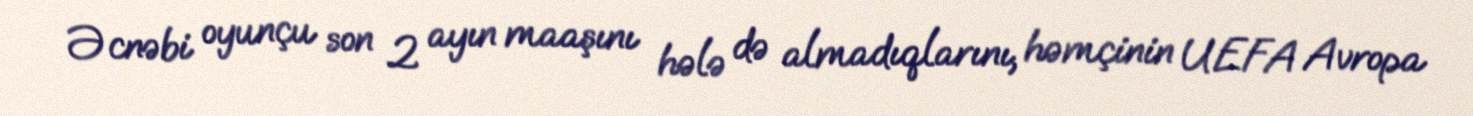
Əcnəbi oyunçu son 2 ayın maaşını hələ də almadıqlarını, həmçinin UEFA Avropa